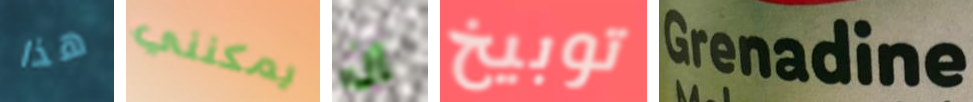
هذا يمكنني إن توبيخ Grenadine